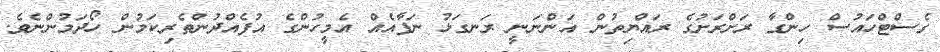
ގެސްޓްހައުސް ހިންގާ ރަށްރަށުގެ ރައްޔިތުން އަންނަނީ ރަނގަޅު ނަފާއެއް އެމީހުންގެ އުފެއްދުންތެރިކަމުން ހޯދަމުންނެވެ.